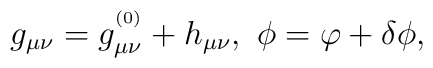
g_{\mu\nu} = g^{^{\rm (0)}}_{\mu\nu} + h_{\mu\nu}, \\ \ \phi = \varphi +\delta \phi ,